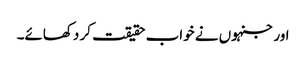
اور جنہوں نے خواب حقیقت کر دکھائے۔